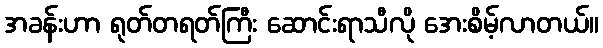
အခန်းဟာ ရုတ်တရတ်ကြီး ဆောင်းရာသီလို အေးစိမ့်လာတယ်။